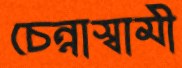
চেন্নাস্বামী